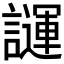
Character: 𧬪